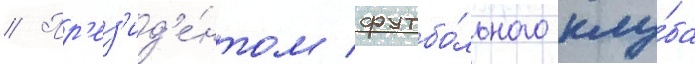
// Пр'ез'ид'е́нтом футбо́льного клу́ба